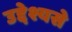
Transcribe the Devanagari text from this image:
उद्देश्यसे